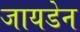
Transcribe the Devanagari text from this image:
जायडेन